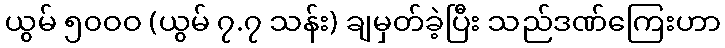
ယွမ် ၅၀ဝဝ (ယွမ် ၇.၇ သန်း) ချမှတ်ခဲ့ပြီး သည်ဒဏ်ကြေးဟာ